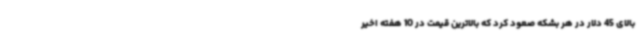
بالای 45 دلار در هر بشکه صعود کرد که بالاترین قیمت در 10 هفته اخیر